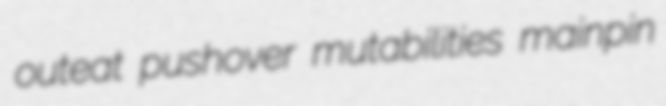
outeat pushover mutabilities mainpin